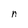
Character: n